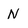
Character: N